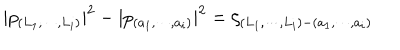
LaTeX: | p _ { ( L _ { 1 } , \cdots , L _ { i } ) } | ^ { 2 } - | p _ { ( a _ { 1 } , \cdots , a _ { i } ) } | ^ { 2 } = \zeta _ { ( L _ { 1 } , \cdots , L _ { i } ) - ( a _ { 1 } , \cdots , a _ { i } ) }